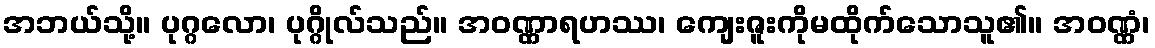
အဘယ်သို့။ ပုဂ္ဂလော၊ ပုဂ္ဂိုလ်သည်။ အဝဏ္ဏာရဟဿ၊ ကျေးဇူးကိုမထိုက်သောသူ၏။ အဝဏ္ဏံ၊